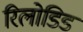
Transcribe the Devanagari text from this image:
रिलोडिड